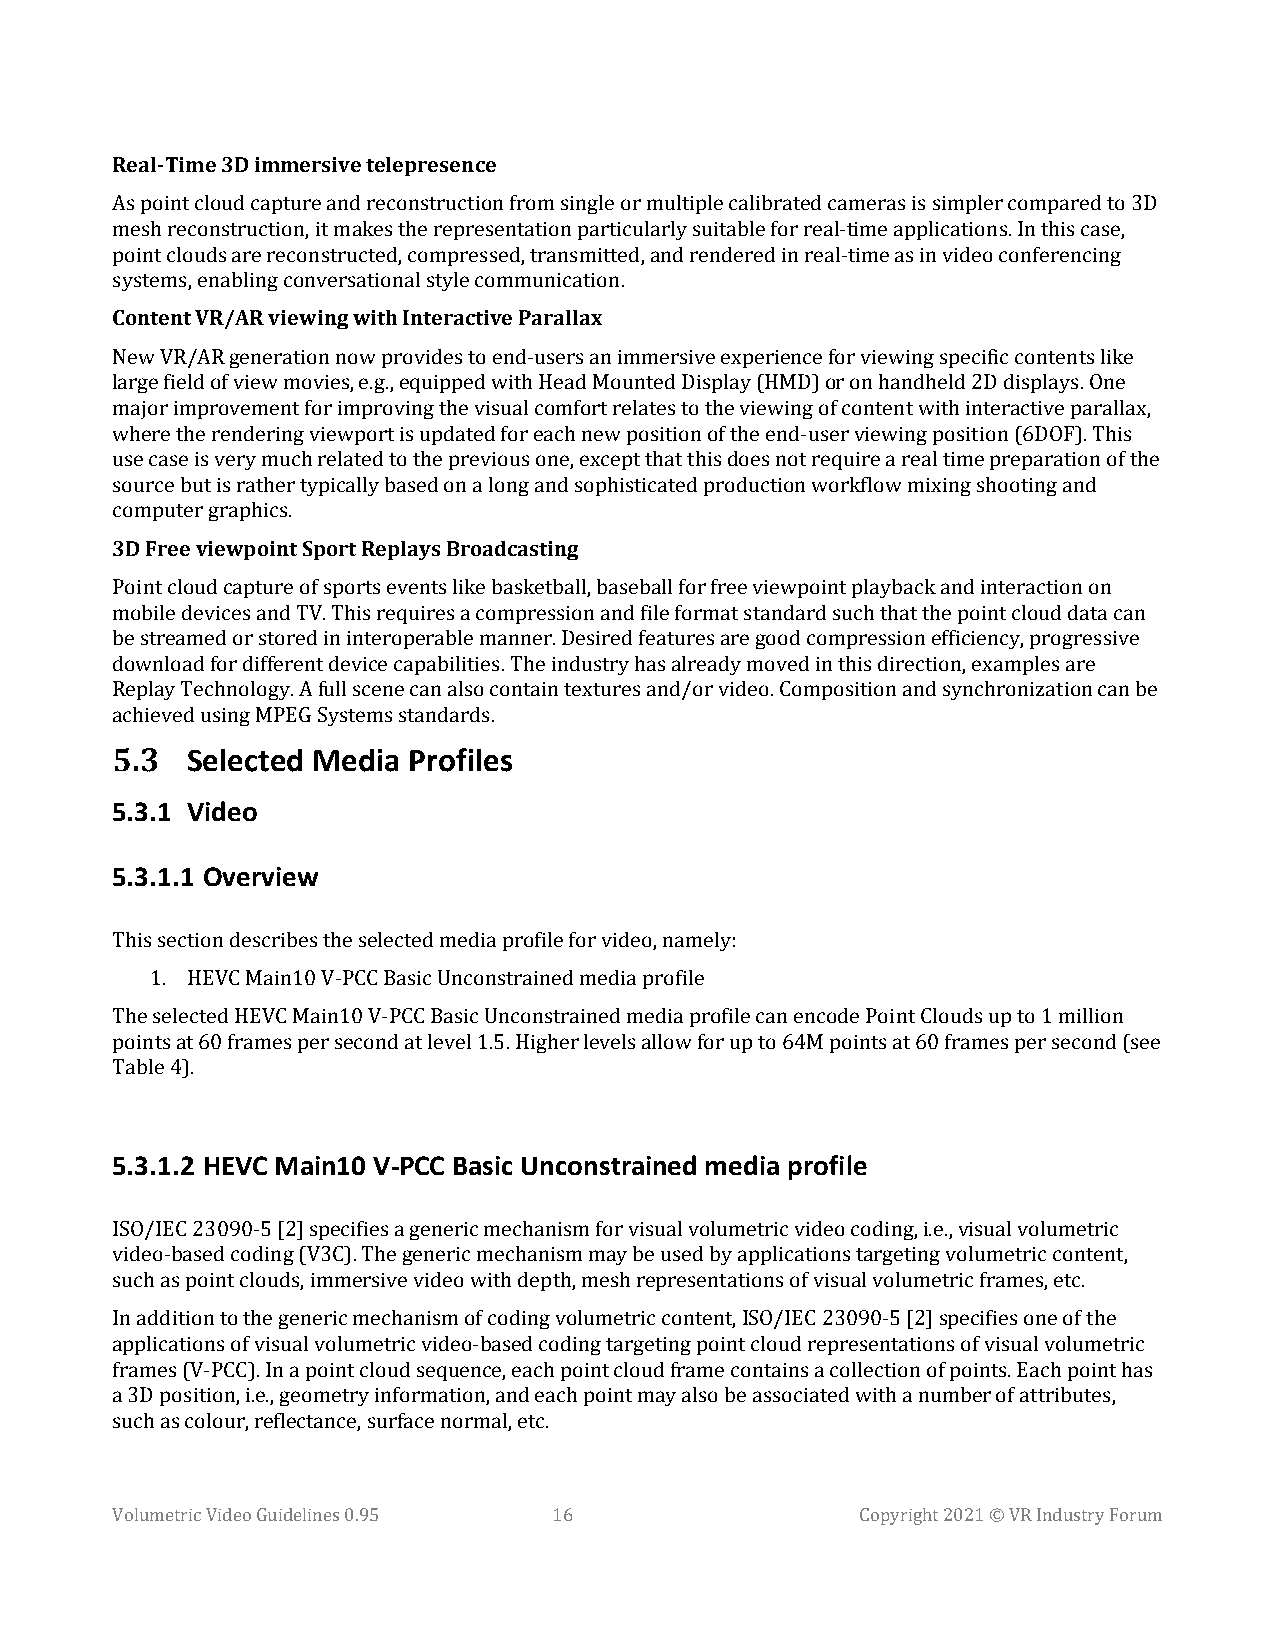
Real-Time 3D immersive telepresence
 As point cloud capture and reconstruction from single or multiple calibrated cameras is simpler compared to 3D
 mesh reconstruction, it makes the representation particularly suitable for real-time applications. In this case,
 point clouds are reconstructed, compressed, transmitted, and rendered in real-time as in video conferencing
 Content VR/AR viewing with Interactive Parallax
 systems, enabling conversational style communication.
 New VR/AR generation now provides to end-users an immersive experience for viewing specific contents like
 large field of view movies, e.g., equipped with Head Mounted Display (HMD) or on handheld 2D displays. One
 major improvement for improving the visual comfort relates to the viewing of content with interactive parallax,
 where the rendering viewport is updated for each new position of the end-user viewing position (6DOF). This
 use case is very much related to the previous one, except that this does not require a real time preparation of the
 source but is rather typically based on a long and sophisticated production workflow mixing shooting and
 3D Free viewpoint Sport Replays Broadcasting
 computer graphics.
 Point cloud capture of sports events like basketball, baseball for free viewpoint playback and interaction on
 mobile devices and TV. This requires a compression and file format standard such that the point cloud data can
 be streamed or stored in interoperable manner. Desired features are good compression efficiency, progressive
 download for different device capabilities. The industry has already moved in this direction, examples are
 Replay Technology. A full scene can also contain textures and/or video. Composition and synchronization can be
 a5c.h3ie vedS ueslinegc MtePEdG MSysetedmisa s tPanrdoafridlse. s
 5.3.1 Video
 5.3.1.1 Overview
 This section describes the selected media profile for video, namely:
 1. HEVC Main10 V-PCC Basic Unconstrained media profile
 The selected HEVC Main10 V-PCC Basic Unconstrained media profile can encode Point Clouds up to 1 million
 points at 60 frames per second at level 1.5. Higher levels allow for up to 64M points at 60 frames per second (see
 Table 4).
 5.3.1.2 HEVC Main10 V-PCC Basic Unconstrained media profile
 ISO/IEC 23090-5 [2] specifies a generic mechanism for visual volumetric video coding, i.e., visual volumetric
 video-based coding (V3C). The generic mechanism may be used by applications targeting volumetric content,
 such as point clouds, immersive video with depth, mesh representations of visual volumetric frames, etc.
 In addition to the generic mechanism of coding volumetric content, ISO/IEC 23090-5 [2] specifies one of the
 applications of visual volumetric video-based coding targeting point cloud representations of visual volumetric
 frames (V-PCC). In a point cloud sequence, each point cloud frame contains a collection of points. Each point has
 a 3D position, i.e., geometry information, and each point may also be associated with a number of attributes,
 such as colour, reflectance, surface normal, etc.
 Volumetric Video Guidelines 0.95 16               Copyright 2021 © VR Industry Forum